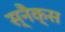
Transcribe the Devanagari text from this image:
स्‍नैक्‍स